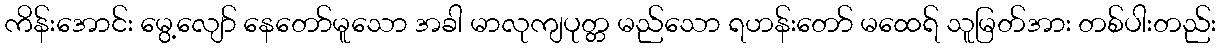
ကိန်းအောင်း မွေ့လျော် နေတော်မူသော အခါ မာလုကျပုတ္တ မည်သော ရဟန်းတော် မထေရ် သူမြတ်အား တစ်ပါးတည်း